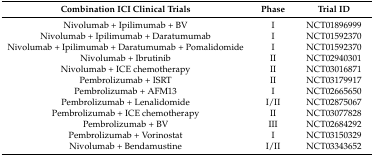
<table><thead><tr><td><b>Combination ICI Clinical Trials</b></td><td><b>Phase</b></td><td><b>Trial ID</b></td></tr></thead><tbody><tr><td>Nivolumab + Ipilimumab + BV</td><td>I</td><td>NCT01896999</td></tr><tr><td>Nivolumab + Ipilimumab + Daratumumab</td><td>I</td><td>NCT01592370</td></tr><tr><td>Nivolumab + Ipilimumab + Daratumumab + Pomalidomide</td><td>I</td><td>NCT01592370</td></tr><tr><td>Nivolumab + Ibrutinib</td><td>II</td><td>NCT02940301</td></tr><tr><td>Nivolumab + ICE chemotherapy</td><td>II</td><td>NCT03016871</td></tr><tr><td>Pembrolizumab + ISRT</td><td>II</td><td>NCT03179917</td></tr><tr><td>Pembrolizumab + AFM13</td><td>I</td><td>NCT02665650</td></tr><tr><td>Pembrolizumab + Lenalidomide</td><td>I/II</td><td>NCT02875067</td></tr><tr><td>Pembrolizumab + ICE chemotherapy</td><td>II</td><td>NCT03077828</td></tr><tr><td>Pembrolizumab + BV</td><td>III</td><td>NCT02684292</td></tr><tr><td>Pembrolizumab + Vorinostat</td><td>I</td><td>NCT03150329</td></tr><tr><td>Nivolumab + Bendamustine</td><td>I/II</td><td>NCT03343652</td></tr></tbody></table>